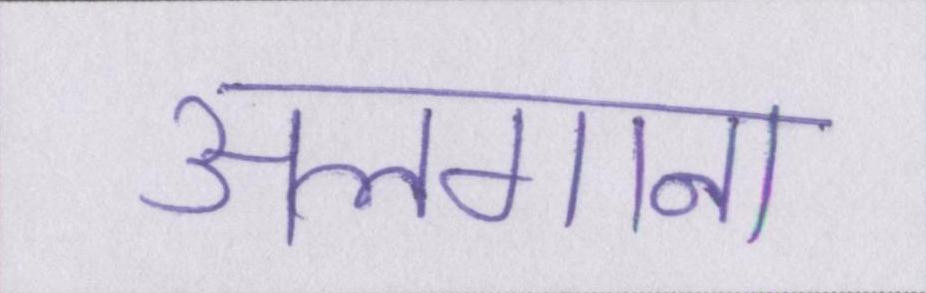
अलगाना